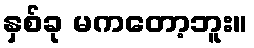
နှစ်ခု မကတော့ဘူး။